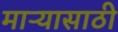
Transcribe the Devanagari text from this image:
माऱ्यासाठी